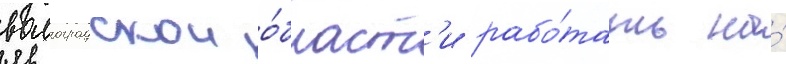
волгоградскои о́бласт'и рабо́тать на́